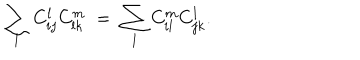
LaTeX: \sum _ { l } C _ { i j } ^ { l } C _ { l k } ^ { m } \; = \; \sum _ { l } C _ { i l } ^ { m } C _ { j k } ^ { l } .